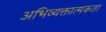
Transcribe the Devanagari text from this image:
अभिव्यक्तात्मकता